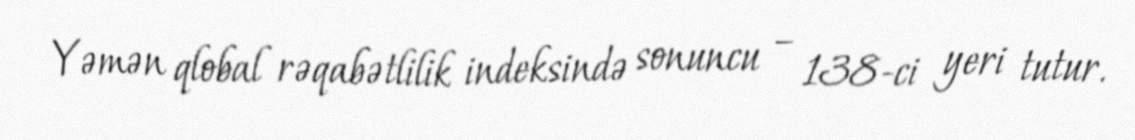
Yəmən qlobal rəqabətlilik indeksində sonuncu – 138-ci yeri tutur.